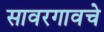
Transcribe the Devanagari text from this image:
सावरगावचे